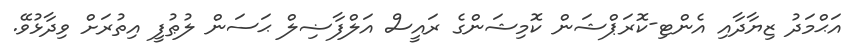
އަޙްމަދު ޒިޔާދާއި އެންޓި-ކޮރަޕްޝަން ކޮމިޝަންގެ ރައީސް އަލްފާޟިލް ޙަސަން ލުޠުފީ އިތުރަށް ވިދާޅުވޭ.